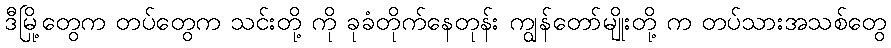
ဒီမြို့တွေက တပ်တွေက သင်းတို့ ကို ခုခံတိုက်နေတုန်း ကျွန်တော်မျိုးတို့ က တပ်သားအသစ်တွေ